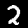
Label: 2